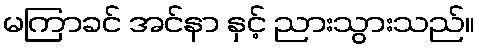
မကြာခင် အင်နာ နှင့် ညားသွားသည်။